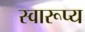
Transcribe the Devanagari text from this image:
स्वारूप्य